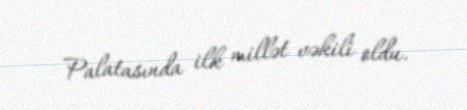
Palatasında ilk millət vəkili oldu.